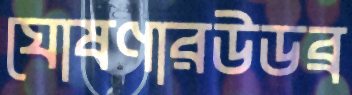
ঘোষণারউডব্র